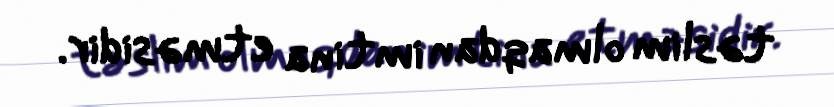
təslim olmaqdan imtina etməsidir.